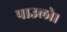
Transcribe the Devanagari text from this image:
पाउलो।